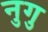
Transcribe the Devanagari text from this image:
नुगु